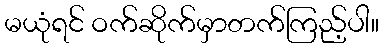
မယုံရင် ဝက်ဆိုက်မှာတက်ကြည့်ပါ။